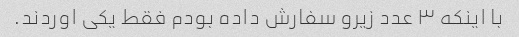
با اینکه ۳ عدد زیرو سفارش داده بودم فقط یکی اوردند.